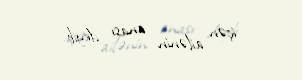
içən ailənin anası deyib.